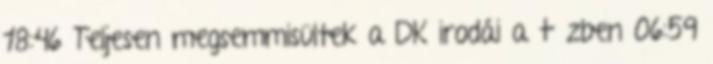
18:46 Teljesen megsemmisültek a DK irodái a tűzben 06:59